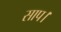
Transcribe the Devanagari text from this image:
साप।